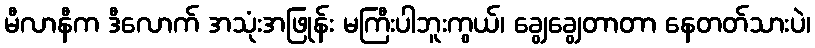
မီလာနီက ဒီလောက် အသုံးအဖြုန်း မကြီးပါဘူးကွယ်၊ ချွေချွေတာတာ နေတတ်သားပဲ၊